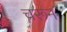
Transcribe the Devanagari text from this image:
चरून